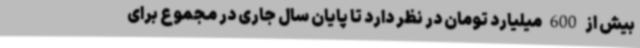
بیش از 600 میلیارد تومان در نظر دارد تا پایان سال جاری در مجموع برای